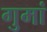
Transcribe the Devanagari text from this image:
गुमां